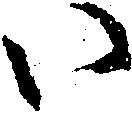
い